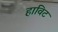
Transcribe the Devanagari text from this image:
हाविट